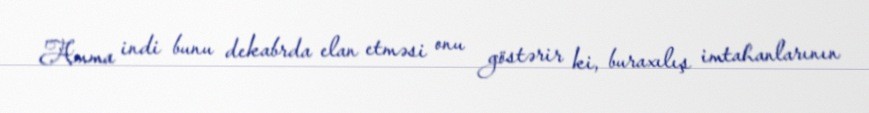
Amma indi bunu dekabrda elan etməsi onu göstərir ki, buraxılış imtahanlarının